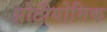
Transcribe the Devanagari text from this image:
प्रोटीयोमिक